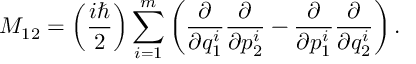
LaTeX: M _ { 1 2 } = \left( \frac { i \hbar } { 2 } \right) \sum _ { i = 1 } ^ { m } \left( \frac { \partial } { \partial q _ { 1 } ^ { i } } \frac { \partial } { \partial p _ { 2 } ^ { i } } - \frac { \partial } { \partial p _ { 1 } ^ { i } } \frac { \partial } { \partial q _ { 2 } ^ { i } } \right) .